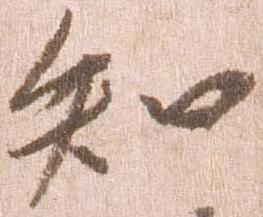
知